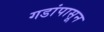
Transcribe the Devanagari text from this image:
गडांपासून